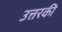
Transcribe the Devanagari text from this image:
उत्तरकी